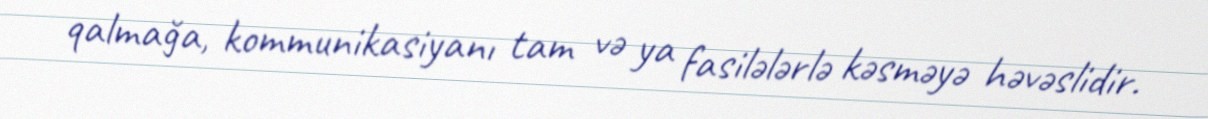
qalmağa, kommunikasiyanı tam və ya fasilələrlə kəsməyə həvəslidir.